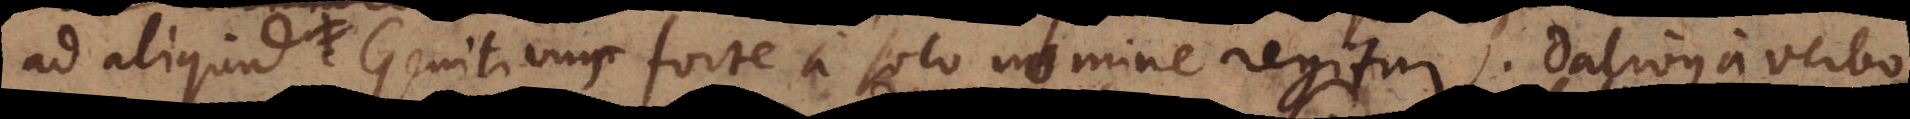
ad aliquid. Genitivus forte a solo nomine regitur. Dativus a verbo